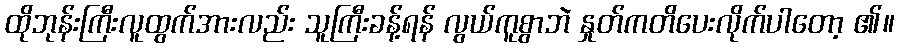
ထိုဘုန်းကြီးလူထွက်အားလည်း သူကြီးခန့်ရန် လွယ်ကူစွာဘဲ နှုတ်ကတိပေးလိုက်ပါတော့ ၏။